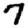
Digit: 7